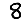
Digit: 8